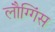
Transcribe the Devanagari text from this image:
लौग्गिंस